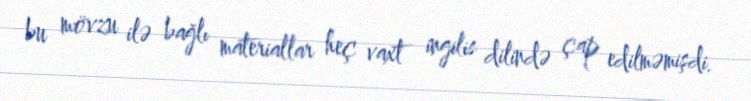
bu mövzu ilə bağlı materiallar heç vaxt ingilis dilində çap edilməmişdi.